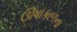
ઊષાકાળના